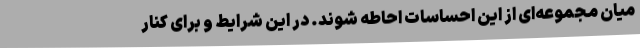
میان مجموعه‌ای از این احساسات احاطه شوند. در این شرایط و برای کنار